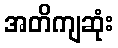
အတိကျဆုံး